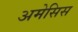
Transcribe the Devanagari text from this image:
अमेसिस